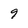
Character: 9